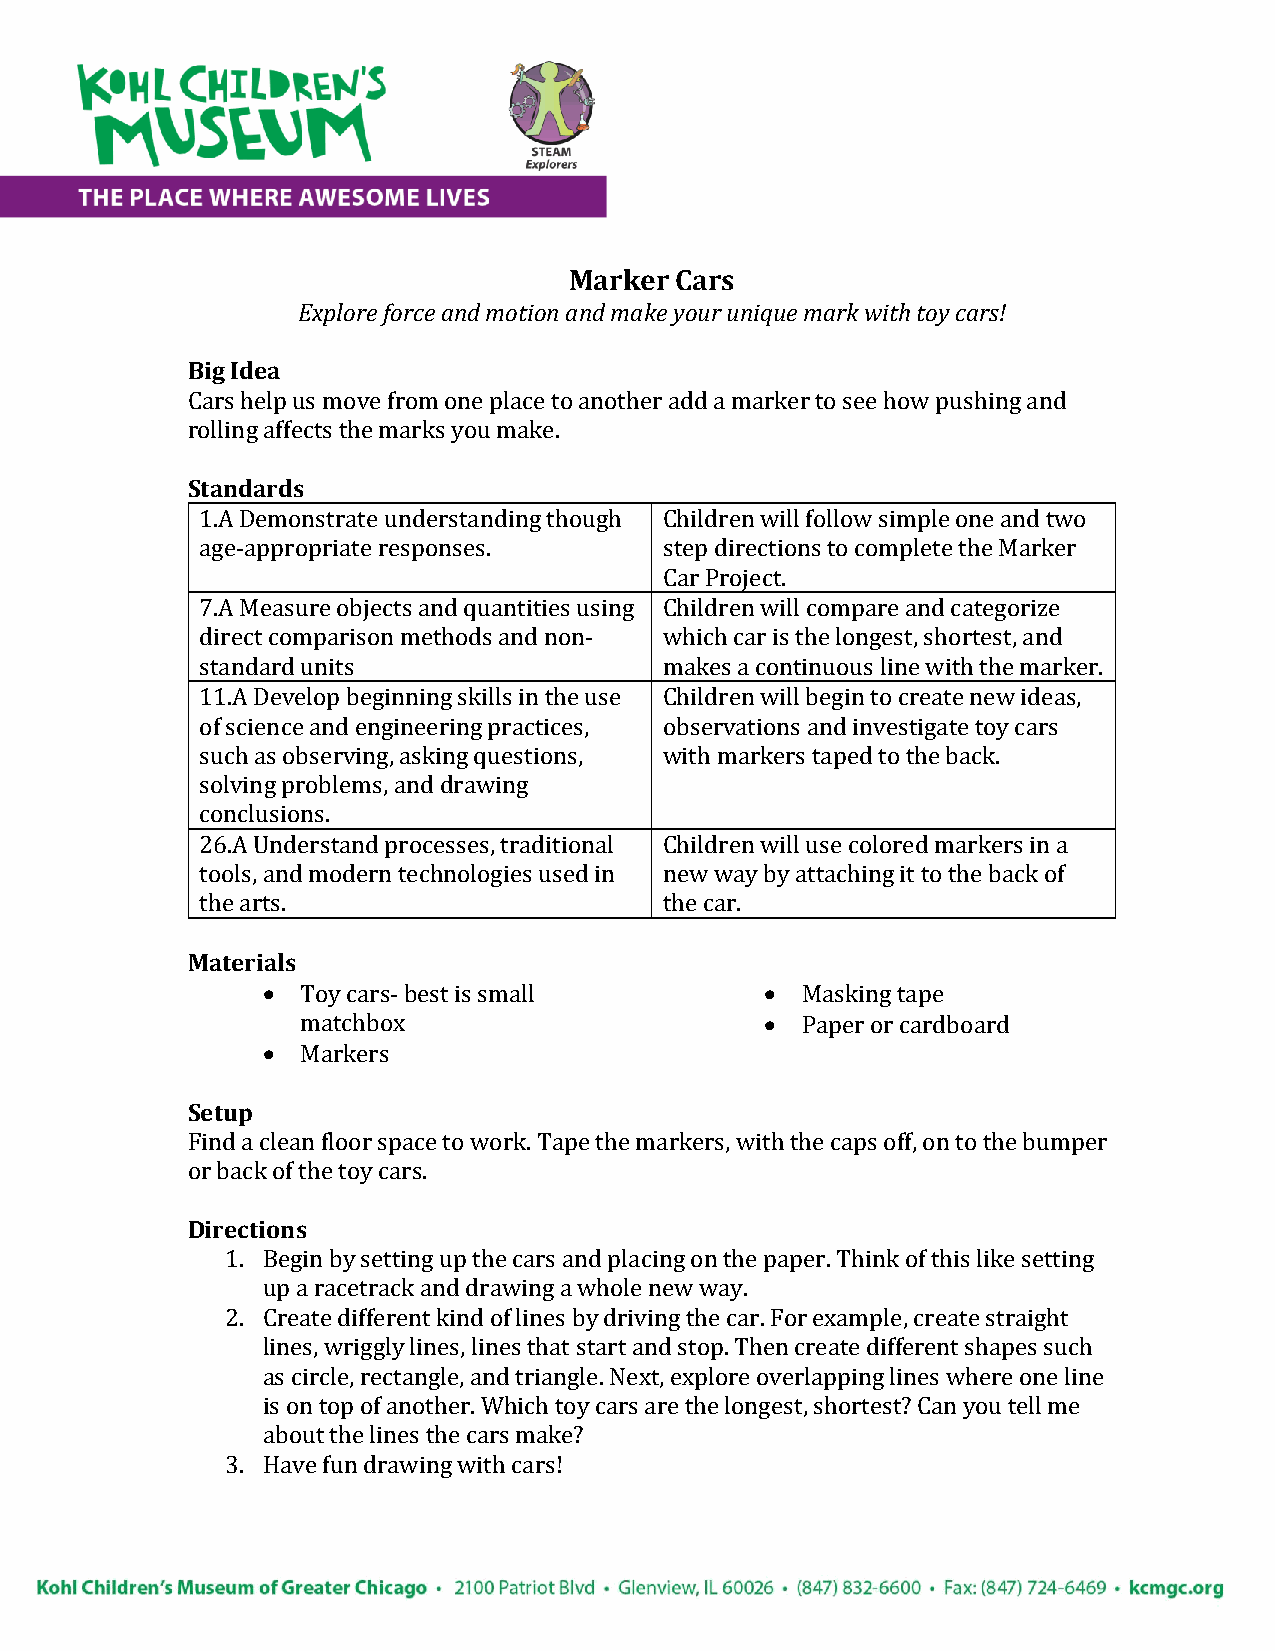
Marker Cars
 Explore force and motion and make your unique mark with toy cars!
 Big Idea
 Cars help us move from one place to another add a marker to see how pushing and
 rolling affects the marks you make.
 Standards
 1.A Demonstrate understanding though Children will follow simple one and two
 age-appropriate responses.     step directions to complete the Marker
 Car Project.
 7.A Measure objects and quantities using Children will compare and categorize
 direct comparison methods and non- which car is the longest, shortest, and
 standard units                 makes a continuous line with the marker.
 11.A Develop beginning skills in the use Children will begin to create new ideas,
 of science and engineering practices, observations and investigate toy cars
 such as observing, asking questions, with markers taped to the back.
 solving problems, and drawing
 conclusions.
 26.A Understand processes, traditional Children will use colored markers in a
 tools, and modern technologies used in new way by attaching it to the back of
 the arts.                      the car.
 Materials
 •  Toy cars- best is small        • Masking tape
 matchbox                       • Paper or cardboard
 •  Markers
 Setup
 Find a clean floor space to work. Tape the markers, with the caps off, on to the bumper
 or back of the toy cars.
 Directions
 1. Begin by setting up the cars and placing on the paper. Think of this like setting
 up a racetrack and drawing a whole new way.
 2. Create different kind of lines by driving the car. For example, create straight
 lines, wriggly lines, lines that start and stop. Then create different shapes such
 as circle, rectangle, and triangle. Next, explore overlapping lines where one line
 is on top of another. Which toy cars are the longest, shortest? Can you tell me
 about the lines the cars make?
 3. Have fun drawing with cars!